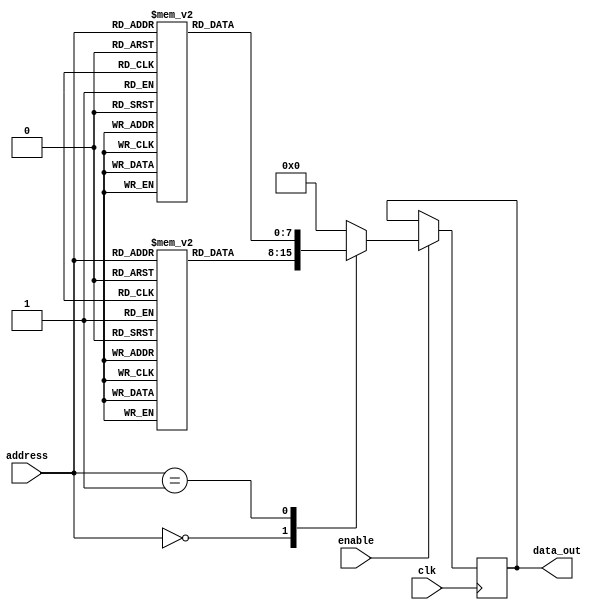
module fuse_ROM(
    input wire clk,
    input wire enable,
    input wire [7:0] address,
    output reg [7:0] data_out
);

reg [7:0] memory_block_0 [0:255]; // Memory block 0
reg [7:0] memory_block_1 [0:255]; // Memory block 1
// Define more memory blocks as needed

always @(posedge clk) begin
    if(enable) begin
        case(address)
            8'h00: data_out <= memory_block_0[address];
            8'h01: data_out <= memory_block_1[address];
            // Add more cases for additional memory blocks
            default: data_out <= 8'h00; // Default data output
        endcase
    end
end

endmodule